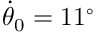
\dot { \theta } _ { 0 } = 1 1 { } ^ { \circ }